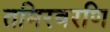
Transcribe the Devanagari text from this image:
तमिरबरणि